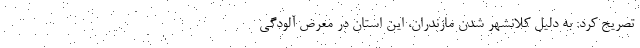
تصریح کرد: به دلیل کلانشهر شدن مازندران، این استان در معرض آلودگی